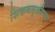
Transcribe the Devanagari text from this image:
शिकवणुकीच्‍या